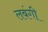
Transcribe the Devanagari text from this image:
लबंगी